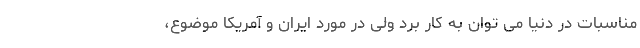
مناسبات در دنیا می توان به کار برد ولی در مورد ایران و آمریکا موضوع،